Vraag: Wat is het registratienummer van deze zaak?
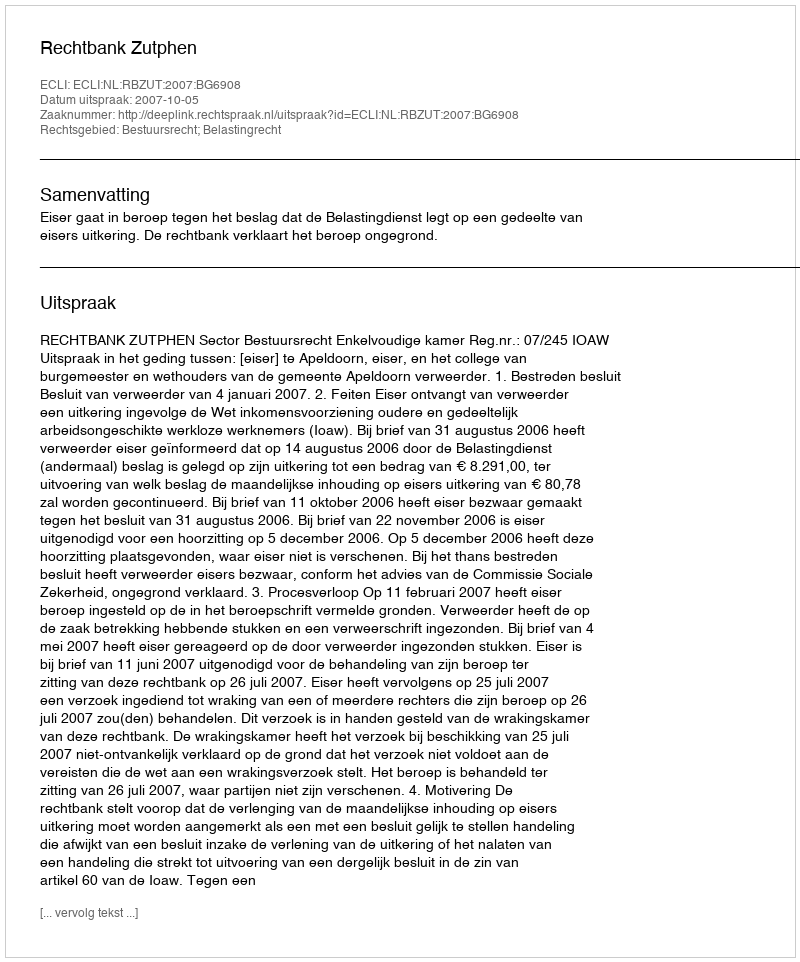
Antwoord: http://deeplink.rechtspraak.nl/uitspraak?id=ECLI:NL:RBZUT:2007:BG6908